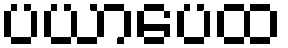
ပယာပေထ